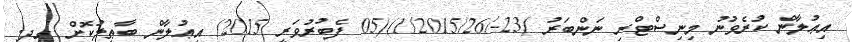
އިޢުލާން ކުރެވުނު މިނިސްޓްރި ނަންބަރު )23-/1/2015/26)(05 ފެބުރުވަރީ 2015) އިޢުލާން ބާޠިލުކޮށް ގދ.